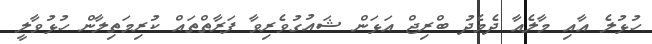
ހުޅުލެ އާއި މާލެއާ ދެމެދު ބްރިޖް އަޅަން ޝައުގުވެރިވާ ފަރާތްތައް ކުރިމަތިލާން ހުޅުވާލީ